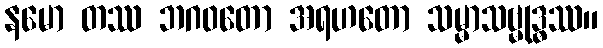
နမော တဿ ဘဂ၀တော အရဟတော သမ္မာသဗ္မုဒ္ဓဿ။